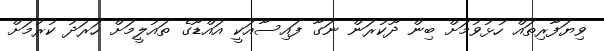
ވިޔަފާރިތައް ހުޅުވުމަށް ބިން ދޫކުރަން ނަގާ ފައިސާއަކީ އައްޑޫގެ ތައުލީމަށް ހަރަދު ކުރުމަށް